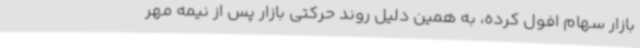
بازار سهام افول کرده‌، به همین دلیل روند حرکتی بازار پس از نیمه مهر